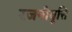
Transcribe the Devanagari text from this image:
रजनोवृत्ति